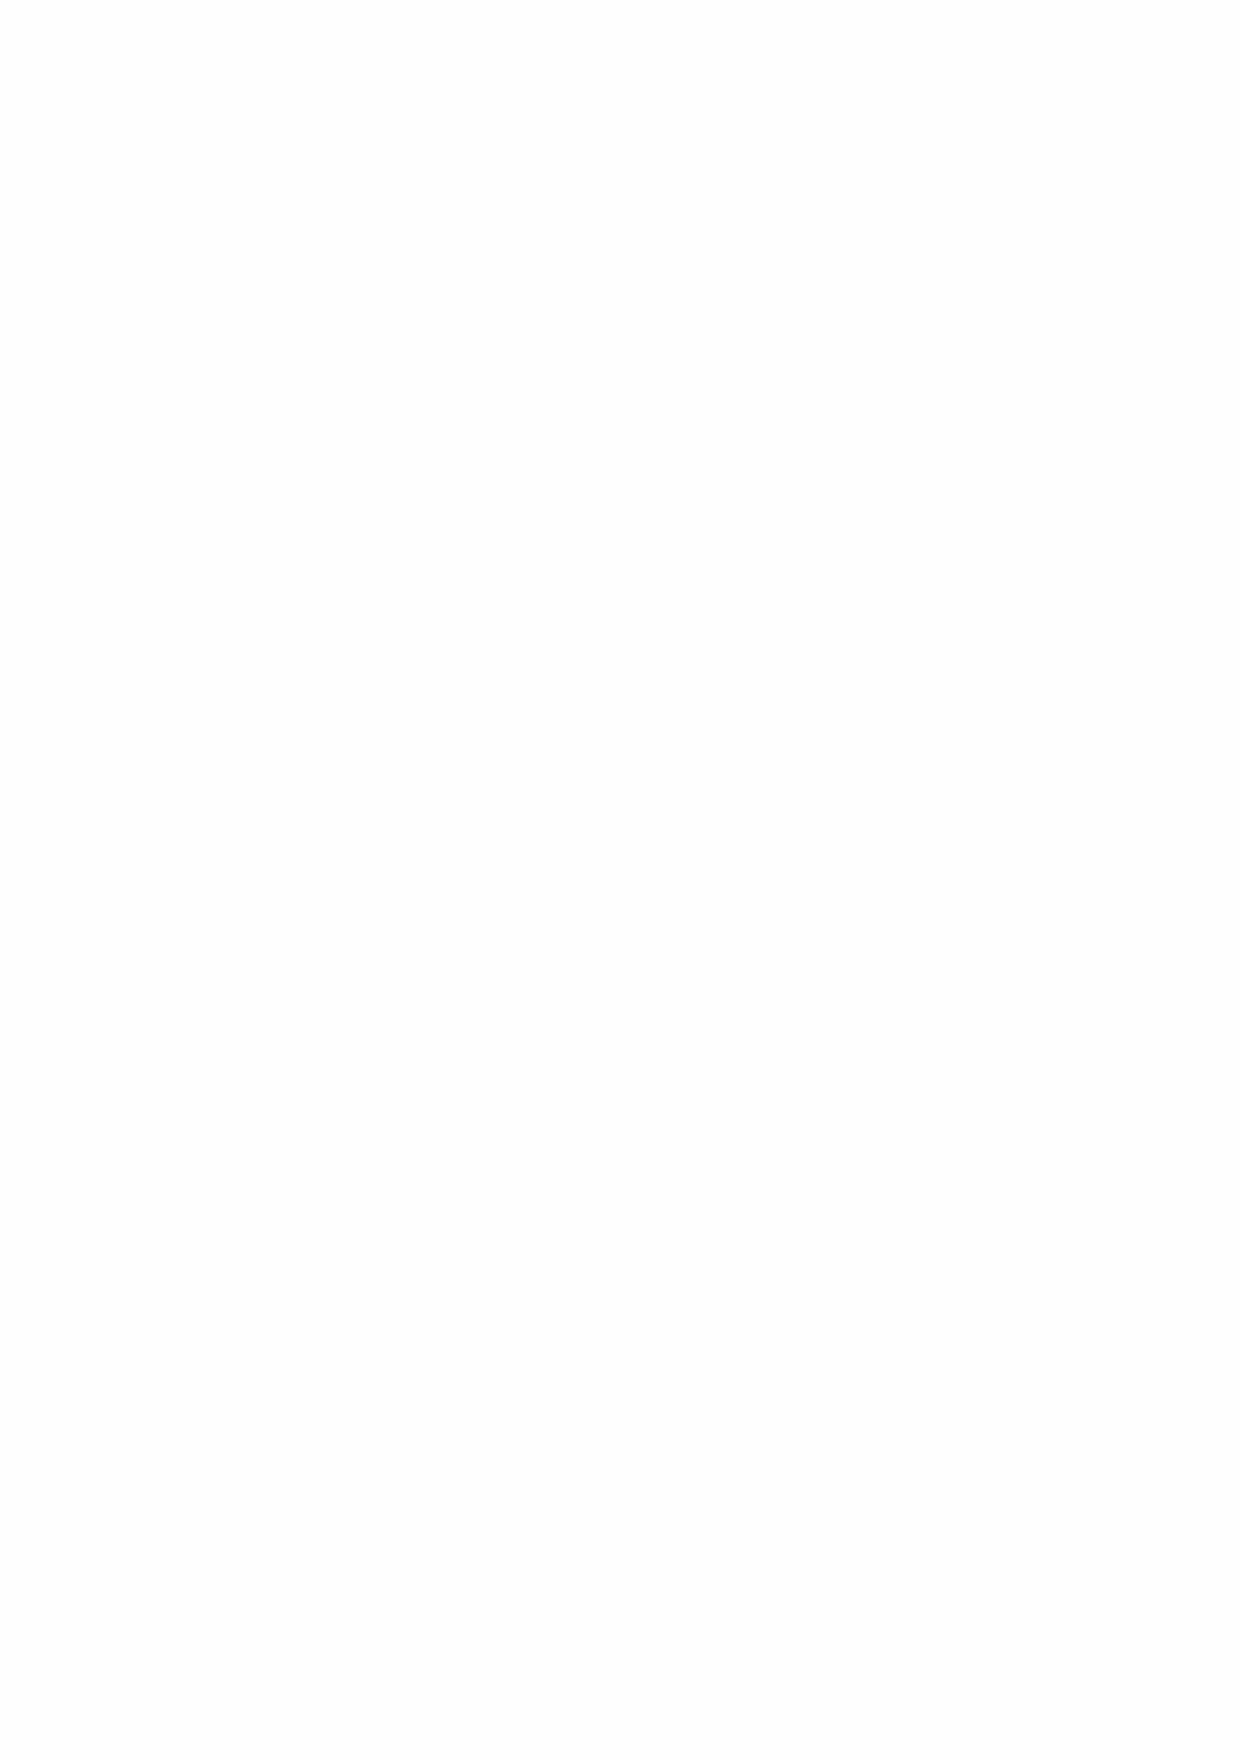
As at 31 August 2020, Greenwich Hospital had a net asset position of £364.1m, primarily supported
 by the following assets:
 £m
 Investment property               189.5
 Direct Financial Investments      81.4
 Indirect Financial investments    101.1
 372.0
 Adjusting for the potential impact over the next twelve months:
 • The overall value of investment property fell 3% from 31 August 2019, with the fall primarily in
 commercial holdings on the Greenwich Estate and the Throckley development, representing
 the initial shock of the coronavirus on commercial rental income and housebuilding. Both values
 are expected to return in the long-term, though continuing uncertainty in the short term would
 imply a prudent assumed further fall of 5%, giving an adjusted figure of £180.0m
 • Management of the Pollen Estate (our direct financial investment) have taken appropriate steps
 consistent with other landlords, that are likely to reduce returns on the investment in the short
 term. We have assumed a fall of 5%, consistent with our own property investments, giving an
 adjusted figure of £77.3m
 • Whilst our financial investments have recovered since their lowest position in March 2020, we
 have considered the underlying inherent risk in equity holdings, providing for a 10% fall (in
 addition to the 11% fall from 31 August 2019 values), giving an adjusted figure of £91.0m
 Assuming other assets and liabilities remain relatively stable, the resulting reduction in net assets
 would give a prudent net asset position of £340.4m. Whilst forecasts do not indicate the need to
 do so, should Greenwich Hospital need to access cash funds beyond its forecast operating
 expenditure, such as an immediate demand to repay its £20m loan (note 23), it would be able to
 liquidate its indirect financial investments within 30 days. These would provide at least £80m (a
 prudent figure below even their lowest position in March 2020). Due to a breach of one of the
 covenants required by the lender, such that these audited financial statements were due to be
 received by them within 180 days of the fiscal year end, Management has obtained a Rights of
 Reservation letter from RBC confirming an extension to that term.
 In assessing the ongoing financial strength of Greenwich Hospital, such that it is able to meet all
 its ongoing commitments, Management has used forecasting modelling and reviews of future
 income and expenditure. Management has made considerations around future commitments, such
 as capital expenditure and charitable grants, and sought to minimise any new obligations, in order
 that it can meaningfully manage cash outflows. After review, the Director has a reasonable
 expectation that the Hospital has adequate resources to continue in operational existence for the
 foreseeable future. The Hospital therefore continues to adopt the going concern basis in preparing
 its consolidated financial statements.
 d) Tangible fixed assets
 Assets over £1,000 are capitalised. The Hospital recognises seven classes of tangible fixed
 assets:
 • Directly Managed Investment Property
 • Charitable Land
 • Charitable Sheltered Housing
 • Charitable Supported Housing
 • Other Charitable property
 • Other Tangible Assets
 • Heritage Assets
 Directly Managed Investment Properties are held either to earn rental income or for capital
 appreciation or for both. They currently comprise the Greenwich Estate, the Northern Estate and
 the Holbrook Estate. Investment properties and those in the course of construction are held at fair
 value. They are valued based on open market value. When the Hospital begins to redevelop an
 40